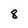
Character: 8